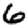
Digit: 6